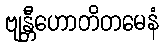
ဗျန္တီဟောတိတမေနံ